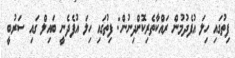
ފިތުގައި ހިލަ އުފެދުމުން ރައްކާތެރިކޮށްދިނުން: ފިތުގައި ހިލަ އުފެދެނީ ބައިލް ގައި ސަރުބީ